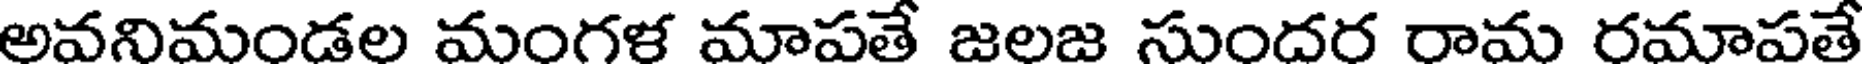
అవనిమండల మంగళ మాపతే జలజ సుందర రామ రమాపతే